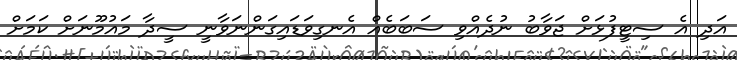
އަދި އެ ސިޓީފުޅަށް ޖަވާބު ނުދެއްވި ސަބަބެއް އެނގިވަޑައިގަންނަވާނީ ސީދާ މައުމޫނަށް ކަމަށް